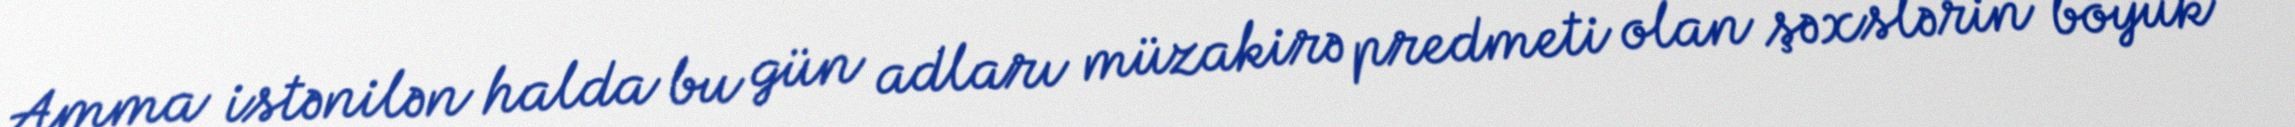
Amma istənilən halda bu gün adları müzakirə predmeti olan şəxslərin böyük